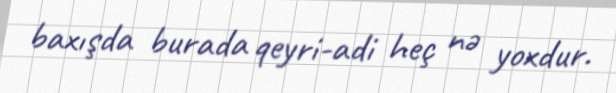
baxışda burada qeyri-adi heç nə yoxdur.